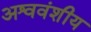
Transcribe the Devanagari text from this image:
अश्ववंशीय